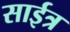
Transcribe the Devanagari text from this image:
साईत्र